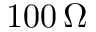
1 0 0 \, \Omega